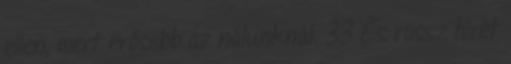
ellen, mert erősebb az nálunknál. 33 És rossz hírét